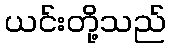
ယင်းတို့သည်